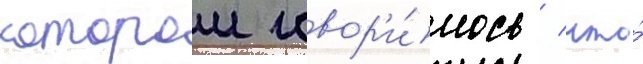
которои говор'и́лось / что́